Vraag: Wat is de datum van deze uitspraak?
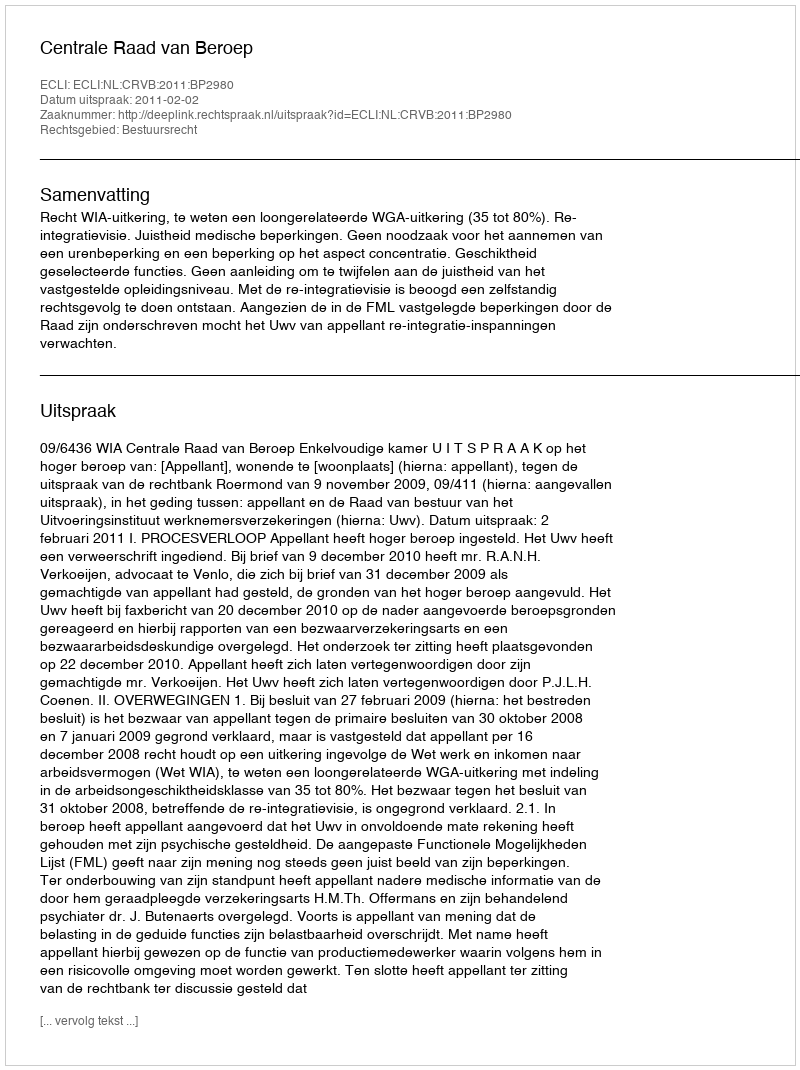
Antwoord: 2011-02-02